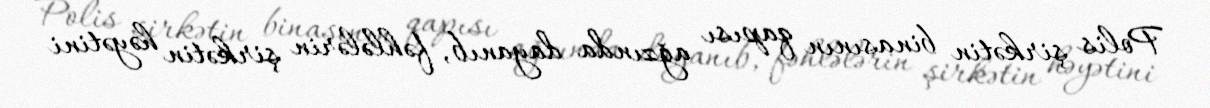
Polis şirkətin binasının qapısı ağzında dayanıb, fəhlələrin şirkətin həyətini